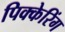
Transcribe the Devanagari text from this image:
पिक्केरिंग